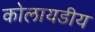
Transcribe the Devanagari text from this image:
कोलायडीय